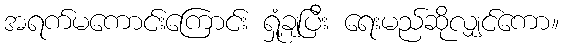
အရက်မကောင်းကြောင်း ရှုံ့ချပြီး ရေးမည်ဆိုလျှင်ကော။